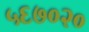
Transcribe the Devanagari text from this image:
५६७०२०